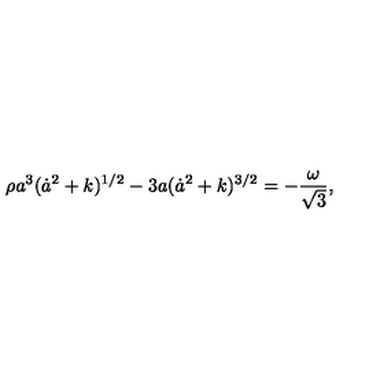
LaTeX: \rho a ^ { 3 } ( \dot { a } ^ { 2 } + k ) ^ { 1 / 2 } - 3 a ( \dot { a } ^ { 2 } + k ) ^ { 3 / 2 } = - \frac { \omega } { \sqrt { 3 } } ,